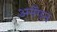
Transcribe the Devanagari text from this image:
अनॅगन